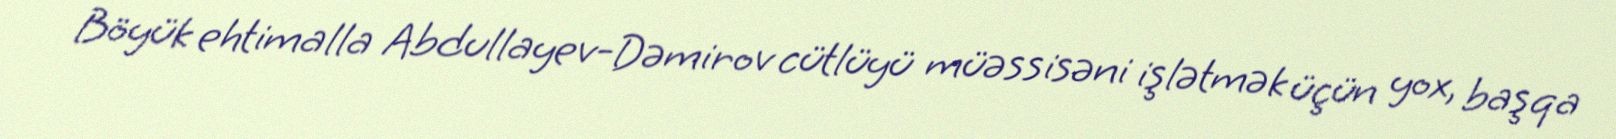
Böyük ehtimalla Abdullayev-Dəmirov cütlüyü müəssisəni işlətmək üçün yox, başqa